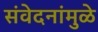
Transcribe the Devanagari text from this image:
संवेदनांमुळे